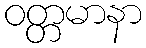
ဝတ္တမာနာ